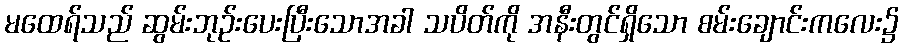
မထေရ်သည် ဆွမ်းဘုဉ်းပေးပြီးသောအခါ သပိတ်ကို အနီးတွင်ရှိသော စမ်းချောင်းကလေး၌